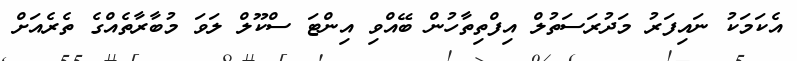
އެކަމަކު ނައިފަރު މަދުރަސަތުލް އިފްތިތާހުން ބޭއްވި އިންޓަ ސްކޫލް ލަވަ މުބާރާތެއްގެ ތެރެއަށް